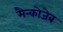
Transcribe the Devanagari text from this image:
मैन्कोजेब